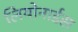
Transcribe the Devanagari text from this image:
लियोनार्डस